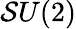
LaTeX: \mathcal{S}U(2)